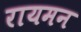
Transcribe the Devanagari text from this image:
रायमन